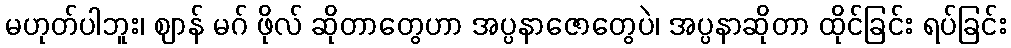
မဟုတ်ပါဘူး၊ ဈာန် မဂ် ဖိုလ် ဆိုတာတွေဟာ အပ္ပနာဇောတွေပဲ၊ အပ္ပနာဆိုတာ ထိုင်ခြင်း ရပ်ခြင်း